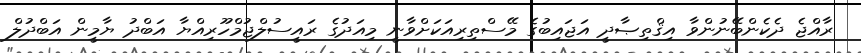
ރާއްޖެ ދެކެންބޭނުންވާ އިޤްތިޞާދީ އަޖައިބުގެ މޭސްތިރިއަކަށްވާނީ މިއަދުގެ ރައީސުލްޖުމްހޫރިއްޔާ އަބްދު ޔާމީން އަބްދުލް